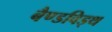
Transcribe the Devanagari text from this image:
बैण्डविड्थ